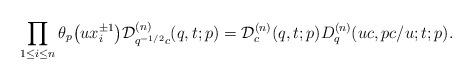
LaTeX: \begin{gather*}\prod_{1\le i\le n} \theta_p\big(u x_i^{\pm 1}\big) {\cal D}^{(n)}_{q^{-1/2}c}(q,t;p)={\cal D}^{(n)}_c(q,t;p)D^{(n)}_q(uc,pc/u;t;p).\end{gather*}